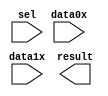
module lpm_mux_24bit (
	data0x,
	data1x,
	sel,
	result);

	input	[23:0]  data0x;
	input	[23:0]  data1x;
	input	  sel;
	output	[23:0]  result;

endmodule